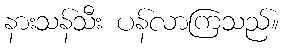
နားသန်သီး ပန်လာကြသည်။